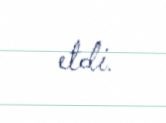
etdi.